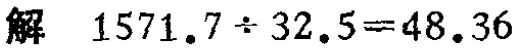
解 \(1571.7\div32.5 = 48.36\)